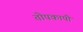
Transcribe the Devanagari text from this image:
तोपकापी